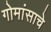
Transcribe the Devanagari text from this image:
गोमांसाचे